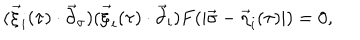
LaTeX: ( \vec { \xi } _ { i } ( \tau ) \cdot { \vec { \partial } } _ { \sigma } ) ( \vec { \xi } _ { i } ( \tau ) \cdot { \vec { \partial } } _ { i } ) F ( | \vec { \sigma } - \vec { \eta } _ { i } ( \tau ) | ) = 0 ,